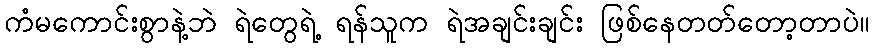
ကံမကောင်းစွာနဲ့ဘဲ ရဲတွေရဲ့ ရန်သူက ရဲအချင်းချင်း ဖြစ်နေတတ်တော့တာပဲ။